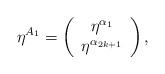
LaTeX: \begin{align*}\eta ^{A_1}=\left( \begin{array}{c}\eta ^{\alpha _1} \\ \eta ^{\alpha _{2k+1}} \end{array}\right) ,\end{align*}